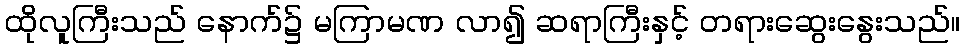
ထိုလူကြီးသည် နောက်၌ မကြာမဏ လာ၍ ဆရာကြီးနှင့် တရားဆွေးနွေးသည်။